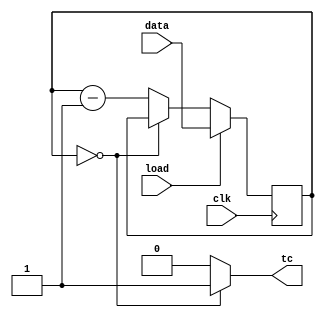
module top_module(
	input clk, 
	input load, 
	input [9:0] data, 
	output tc
);
  //when load, copy data to counter, when load is 0 decreament counter 
    reg [9:0] counter;
    always@(posedge clk) begin
        if(load ==1)
            counter<=data;
        else begin 
            if (counter ==0)
            	counter <= counter;
        	else
          		counter <=counter -1;
        end
	end
	//when counter is 0, assert tc to 1
    always@(*) begin
        if (counter ==0)
            tc=1;
        else
            tc=0;
    end
        
endmodule